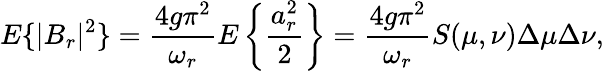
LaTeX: E\{ |B_{r}|^{2}\} =\frac{4g\pi^{2}}{\omega_{r}}E\left\lbrace\frac{a_{r}^{2}}{2}\right\rbrace=\frac{4g\pi^{2}}{\omega_{r}}S(\mu,\nu)\Delta\mu\Delta\nu,